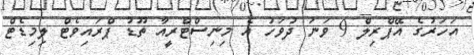
އަހަރުގެ އޭޕްރިލް 9 ވަނަ ދުވަހު އެ މިނިސްޓްރީއާ ތޫޑު ޕްރައިވެޓް ލިމިޑެޓް